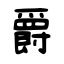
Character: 爵